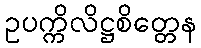
ဥပက္ကိလိဋ္ဌစိတ္တေန